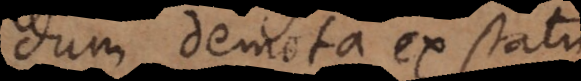
dum demota ex statu